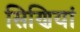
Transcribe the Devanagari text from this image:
सिणियां